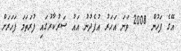
އޭގެ ފަހުން 2008 ވަނަ އަހަރު އުފެދުނު އައު ސަރުކާރުގައި ފުރަތަމަ ފަހަރަށް